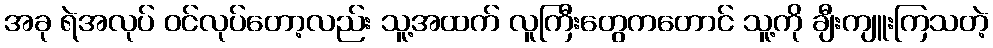
အခု ရဲအလုပ် ဝင်လုပ်တော့လည်း သူ့အထက် လူကြီးတွေကတောင် သူ့ကို ချီးကျူးကြသတဲ့